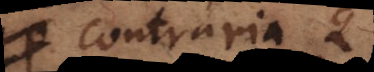
contraria QP